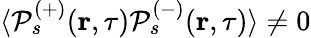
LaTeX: \langle\mathcal{P}_{s}^{(+)}(\textbf{r},\tau)\mathcal{P}_{s}^{(-)}(\textbf{r},\tau)\rangle\neq 0